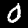
Label: 0